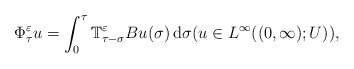
\begin{align*}\Phi_\tau^\varepsilon u = \int_0^\tau \mathbb{T}_{\tau-\sigma}^\varepsilon Bu(\sigma)\, {\rm d}\sigma(u\in L^\infty((0,\infty);U)),\end{align*}